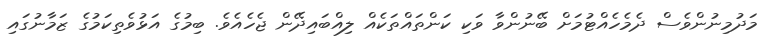
މަދުމިނުންވެސް ދެމެހެއްޓުމަށް ބޭނުންވާ ވަކި ކަންތައްތަކެއް ލިއްބައިދޭން ޖެހެއެވެ. ބިމުގެ އަޅުވެތިކަމުގެ ޒަމާނުގައި